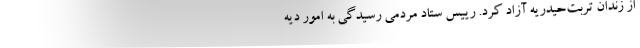
از زندان تربت‌حیدریه آزاد کرد. رییس ستاد مردمی رسیدگی به امور دیه